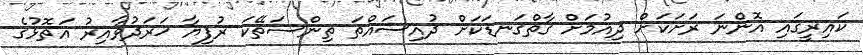
ކައިރީގައި އޮންނަ ރަށަކަށް ދިއުމަށް ގާތްގަނޑަކަށް ދުއިސައްތަ ތިންސަތޭކަ ރުފިޔާ ޚަރަދުވާއިރު އަތޮޅުގެ